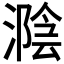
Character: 𣼩